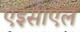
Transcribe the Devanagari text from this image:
एईसीएल